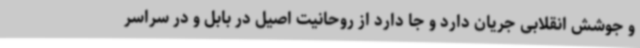
و جوشش انقلابی جریان دارد و جا دارد از روحانیت اصیل در بابل و در سراسر